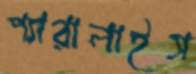
প্যারালাইস